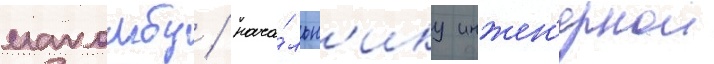
макомбу / нача́льн'ику инжен'ернои